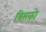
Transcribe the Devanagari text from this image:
यिसको